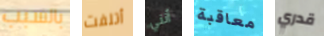
بالسبب أتلفت أنني معاقبة قدري